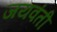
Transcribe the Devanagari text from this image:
जयवंती